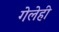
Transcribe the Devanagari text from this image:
गेलेही